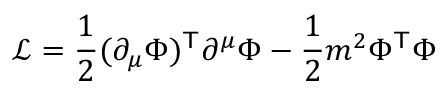
\ { \mathcal { L } } = { \frac { 1 } { 2 } } ( \partial _ { \mu } \Phi ) ^ { \mathsf { T } } \partial ^ { \mu } \Phi - { \frac { 1 } { 2 } } m ^ { 2 } \Phi ^ { \mathsf { T } } \Phi